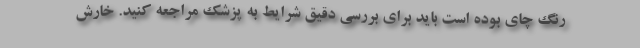
رنگ چای بوده است باید برای بررسی دقیق شرایط به پزشک مراجعه کنید. خارش